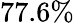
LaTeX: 77.6\%